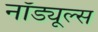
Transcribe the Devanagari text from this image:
नॉड्यूल्स